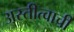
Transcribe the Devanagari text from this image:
अस्तीत्वाची